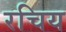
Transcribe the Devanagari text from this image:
रचिय